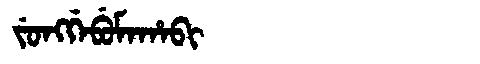
Manchu: ᠵᡠᠩᡤᡝᠪᡠᠮᠠᡥᠠᠪᡳ
Romanization: JUNGGEBUMAHABI